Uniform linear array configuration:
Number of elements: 4
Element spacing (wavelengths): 1
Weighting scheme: hann
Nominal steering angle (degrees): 30
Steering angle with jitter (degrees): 28.219
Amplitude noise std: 0.05
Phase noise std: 0.05

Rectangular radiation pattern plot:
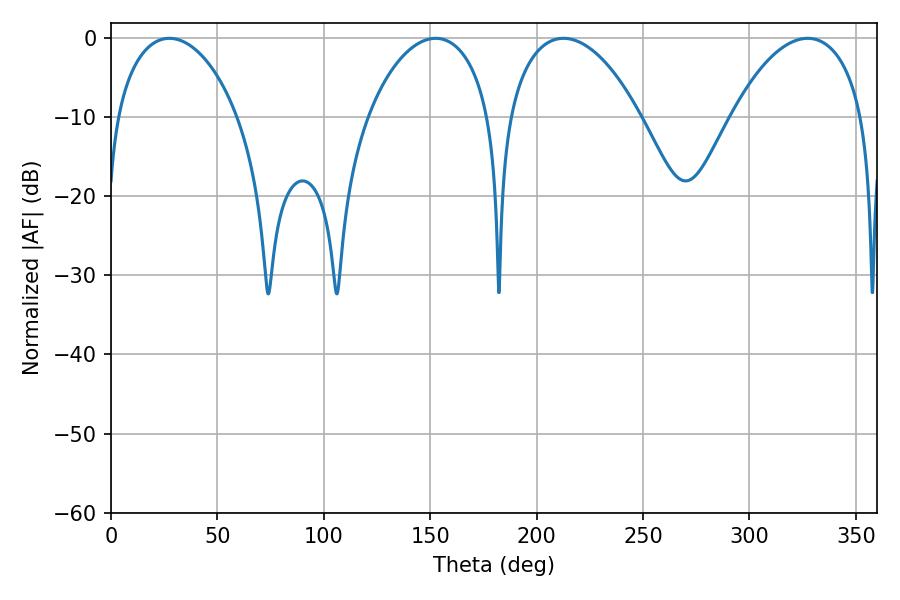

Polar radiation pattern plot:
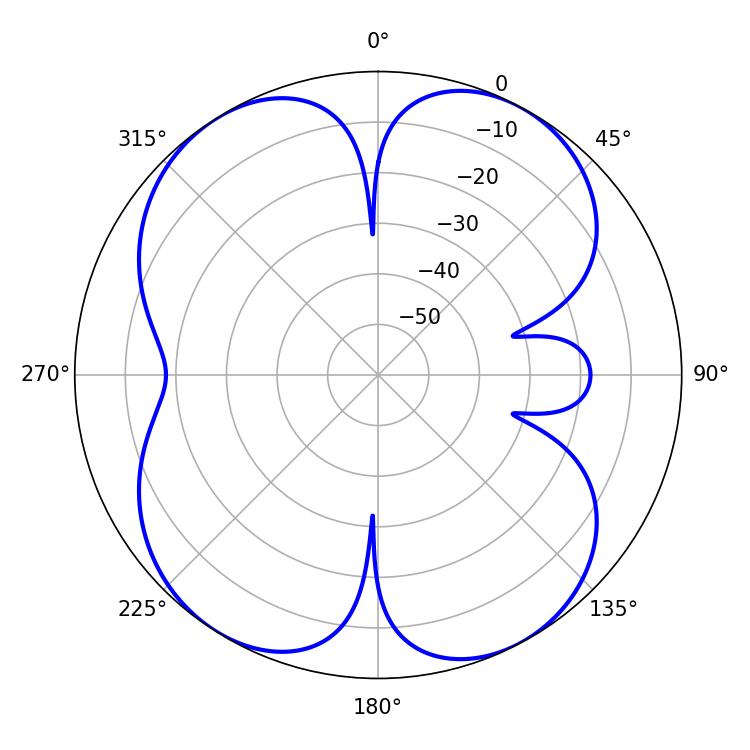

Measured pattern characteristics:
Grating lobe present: TRUE
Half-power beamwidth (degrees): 35.1
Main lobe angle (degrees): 212.58